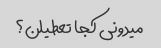
میدونی کجا تعطیلن؟